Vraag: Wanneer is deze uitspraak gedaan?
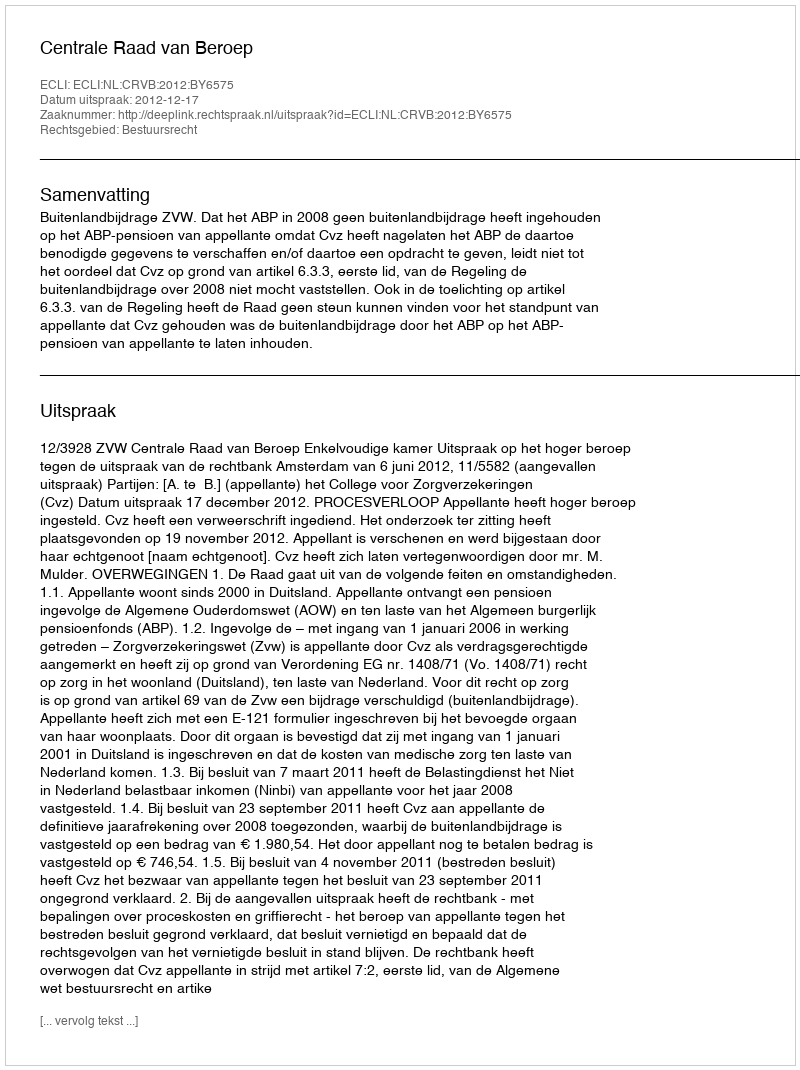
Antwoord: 2012-12-17